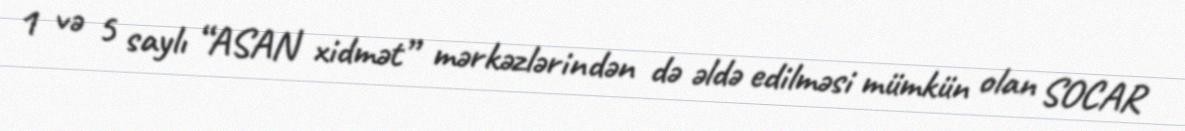
1 və 5 saylı “ASAN xidmət” mərkəzlərindən də əldə edilməsi mümkün olan SOCAR